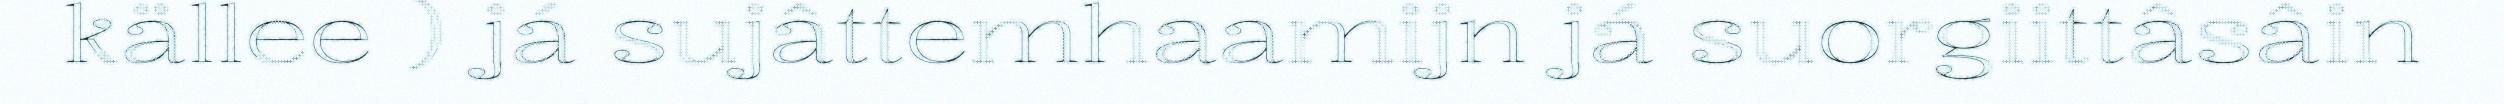
källee ) já sujâttemhaamijn já suorgiittâsâin